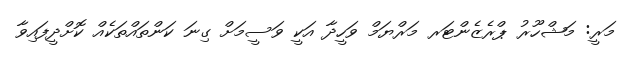
މަރީ: މަޝްހޫރު ޕްރެޒެންޓަރ މަރްޔަމް ވަހީދާ އަކީ ވަސީމަށް ގިނަ ކަންތައްތަކެއް ކޮށްދީފައިވާ